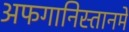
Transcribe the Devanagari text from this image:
अफगानिस्तानमें